Scottish Leaving Certificate Examination, 1955
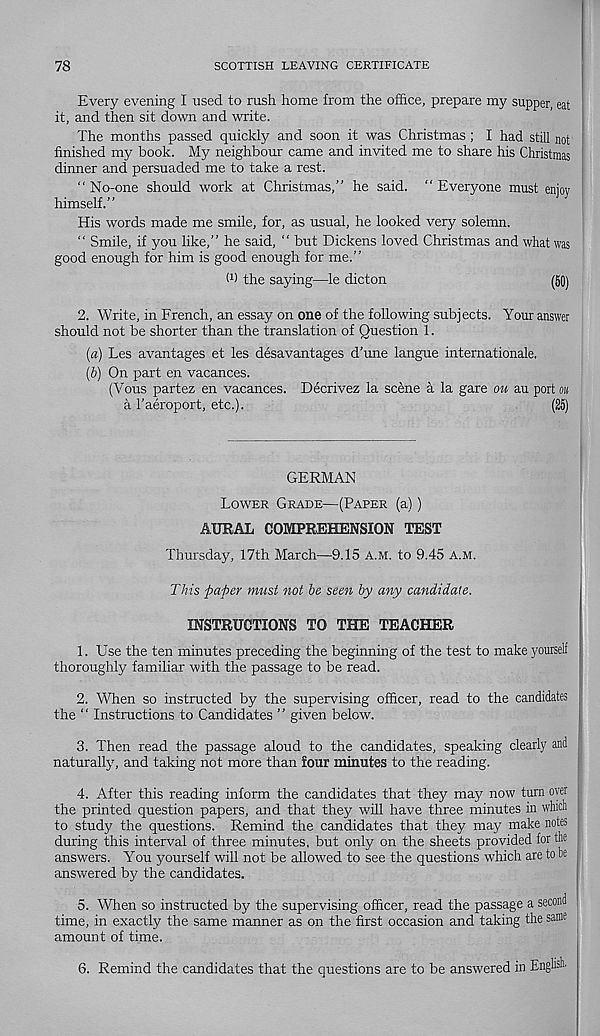
78
SCOTTISH LEAVING CERTIFICATE
Every evening I used to rush home from the office, prepare my supper, eat
it, and then sit down and write.
The months passed quickly and soon it was Christmas; I had still not
finished my book. My neighbour came and invited me to share his Christmas
dinner and persuaded me to take a rest.
"No-one should work at Christmas,” he said. “Everyone must enjoy
himself.”
His words made me smile, for, as usual, he looked very solemn.
“ Smile, if you like,” he said, “ but Dickens loved Christmas and what was
good enough for him is good enough for me.”
W the saying—le dicton
(50)
2. Write, in French, an essay on one of the following subjects. Your answer
should not be shorter than the translation of Question 1.
(а) Les avantages et les desavantages d’une langue internationale.
(б) On part en vacances.
(Vous partez en vacances. Decrivez la scene a la gare ou au port ou
a 1’aeroport, etc.).
(25)
GERMAN
Lower Grade—(Paper (a))
AURAL COMPREHENSION TEST
Thursday, 17th March—9.15 A.M. to 9.45 a.m.
T/ris paper must not be seen by any candidate.
INSTRUCTIONS TO THE TEACHER
1. Use the ten minutes preceding the beginning of the test to make yourself
thoroughly familiar with the passage to be read.
2. When so instructed by the supervising officer, read to the candidates
the “ Instructions to Candidates ” given below.
3. Then read the passage aloud to the candidates, speaking clearly and
naturally, and taking not more than four minutes to the reading.
4. After this reading inform the candidates that they may now turn over
the printed question papers, and that they will have three minutes in which
to study the questions. Remind the candidates that they may make notes
during this interval of three minutes, but only on the sheets provided for the
answers. You yourself will not be allowed to see the questions which are to be
answered by the candidates.
5. When so instructed by the supervising officer, read the passage a second
time, in exactly the same manner as on the first occasion and taking the same
amount of time.
6. Remind the candidates that the questions are to be answered in English.